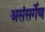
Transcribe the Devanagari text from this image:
असंसर्गेण